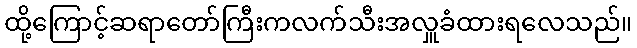
ထို့ကြောင့်ဆရာတော်ကြီးကလက်သီးအလှူခံထားရလေသည်။